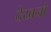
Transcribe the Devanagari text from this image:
देखनो